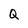
Character: Q